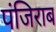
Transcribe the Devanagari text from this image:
पंजिराब